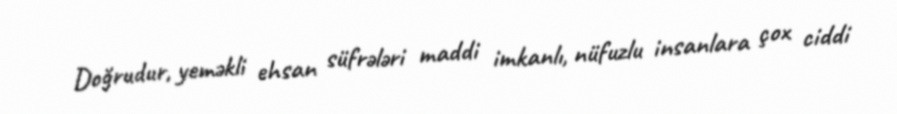
Doğrudur, yeməkli ehsan süfrələri maddi imkanlı, nüfuzlu insanlara çox ciddi